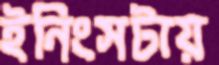
ইনিংসটায়